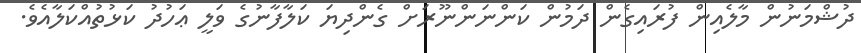
ދުޝްމަނުން މާލެއިން ފުރައިގެން ދަމުން ކަންނަންނޫރަށް ގެންދިޔަ ކަލާފާނުގެ ވަލީ ޢަހުދު ކަޅުތުއްކަލާއެވެ.